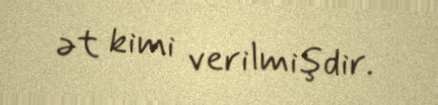
ət kimi verilmişdir.